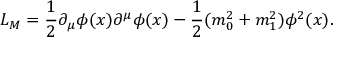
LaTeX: { \cal L } _ { M } = \frac { 1 } { 2 } \partial _ { \mu } \phi ( x ) \partial ^ { \mu } \phi ( x ) - \frac { 1 } { 2 } ( m _ { 0 } ^ { 2 } + m _ { 1 } ^ { 2 } ) \phi ^ { 2 } ( x ) .